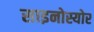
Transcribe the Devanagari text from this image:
साइनोस्योर